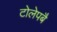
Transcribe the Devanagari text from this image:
टोलेपबै